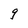
Character: g